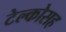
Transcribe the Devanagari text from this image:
टेल्कोसह